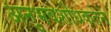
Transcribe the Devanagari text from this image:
अनुभवशोधकतेने